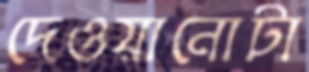
দেওয়ানোটা